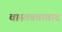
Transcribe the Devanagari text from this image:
वास्तवतावाद